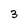
Character: 3